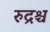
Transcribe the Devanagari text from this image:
रुद्रश्च